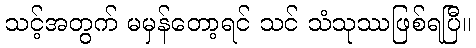
သင့်အတွက် မမှန်တော့ရင် သင် သံသုဿဖြစ်ရပြီ။